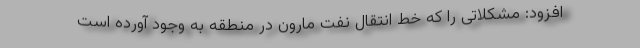
افزود: مشکلاتی را که خط انتقال نفت مارون در منطقه به وجود آورده است